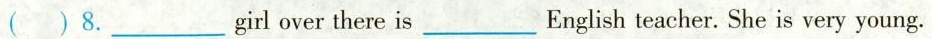
( ) 8. ___ girl over there is ___ English teacher. She is very young.